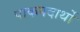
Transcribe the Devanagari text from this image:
पाकपदार्थो